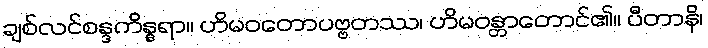
ချစ်လင်စန္ဒကိန္နရာ။ ဟိမဝတောပဗ္ဗတဿ၊ ဟိမဝန္တာတောင်၏။ ပီတာနိ၊